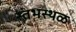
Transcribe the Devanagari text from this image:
स्तंभस्थळ